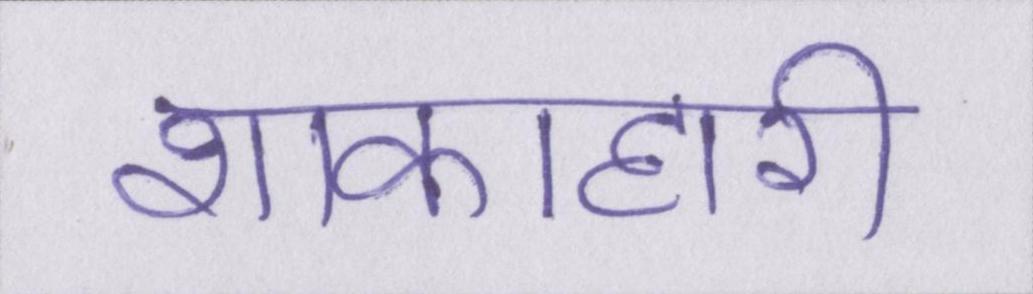
शाकाहारी